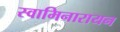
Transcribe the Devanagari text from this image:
स्वामिनारायन